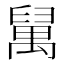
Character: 𥝇